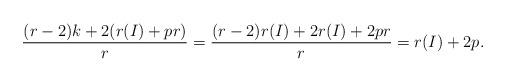
LaTeX: \begin{align*}\frac{(r-2)k + 2(r(I) + pr)}{r} = \frac{(r-2)r(I) + 2r(I) + 2pr}{r} = r(I) + 2p.\end{align*}